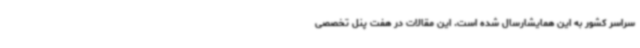
سراسر کشور به این همایشارسال شده است. این مقالات در هفت پنل تخصصی